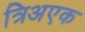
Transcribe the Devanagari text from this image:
त्रिअएक